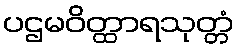
ပဌမဝိတ္ထာရသုတ္တံ